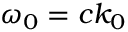
\omega _ { 0 } = c k _ { 0 }